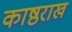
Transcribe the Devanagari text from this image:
काष्ठराख